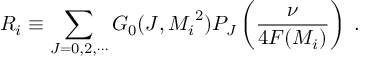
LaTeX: R _ { i } \equiv \sum _ { J = 0 , 2 , \cdots } G _ { 0 } ( J , { M _ { i } } ^ { 2 } ) P _ { J } \left( \frac { \nu } { 4 F ( M _ { i } ) } \right) \; .